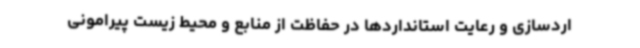
اردسازی و رعایت استانداردها در حفاظت از منابع و محیط زیست پیرامونی